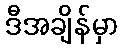
ဒီအချိန်မှာ